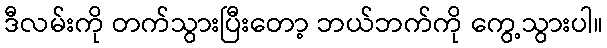
ဒီလမ်းကို တက်သွားပြီးတော့ ဘယ်ဘက်ကို ကွေ့သွားပါ။